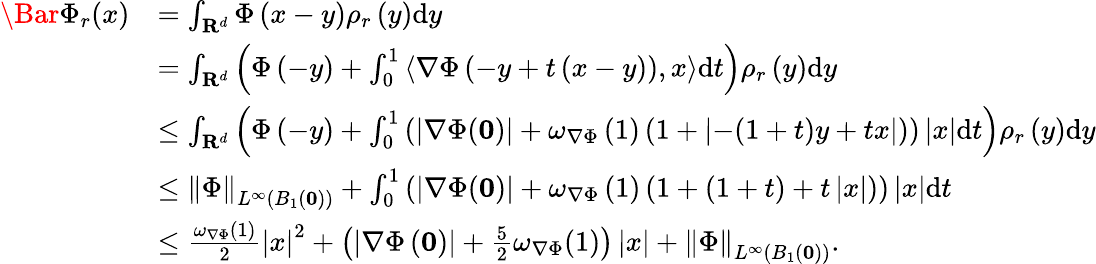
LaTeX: \begin{array}{rl}{\Bar{\Phi}_{r}(x)}&{=\int_{\mathbf{R}^{d}}\Phi\left(x-y\right)\rho_{r}\left(y\right)\mathrm{d}y}\\ &{=\int_{\mathbf{R}^{d}}\left(\Phi\left(-y\right)+\int_{0}^{1}\left\langle\nabla\Phi\left(-y+t\left(x-y\right)\right),x\right\rangle\mathrm{d}t\right)\rho_{r}\left(y\right)\mathrm{d}y}\\ &{\le\int_{\mathbf{R}^{d}}\left(\Phi\left(-y\right)+\int_{0}^{1}\left(\left|\nabla\Phi(\mathbf{0})\right|+\omega_{\nabla\Phi}\left(1\right)\left(1+\left|-(1+t)y+tx\right|\right)\right)\left|x\right|\mathrm{d}t\right)\rho_{r}\left(y\right)\mathrm{d}y}\\ &{\le\left\| \Phi\right\| _{L^{\infty}(B_{1}(\mathbf{0}))}+\int_{0}^{1}\left(\left|\nabla\Phi(\mathbf{0})\right|+\omega_{\nabla\Phi}\left(1\right)\left(1+(1+t)+t\left|x\right|\right)\right)\left|x\right|\mathrm{d}t}\\ &{\le\frac{\omega_{\nabla\Phi}(1)}{2}\left|x\right|^{2}+\left(\left|\nabla\Phi\left(\mathbf{0}\right)\right|+\frac{5}{2}\omega_{\nabla\Phi}(1)\right)\left|x\right|+\left\| \Phi\right\| _{L^{\infty}(B_{1}(\mathbf{0}))}.}\end{array}